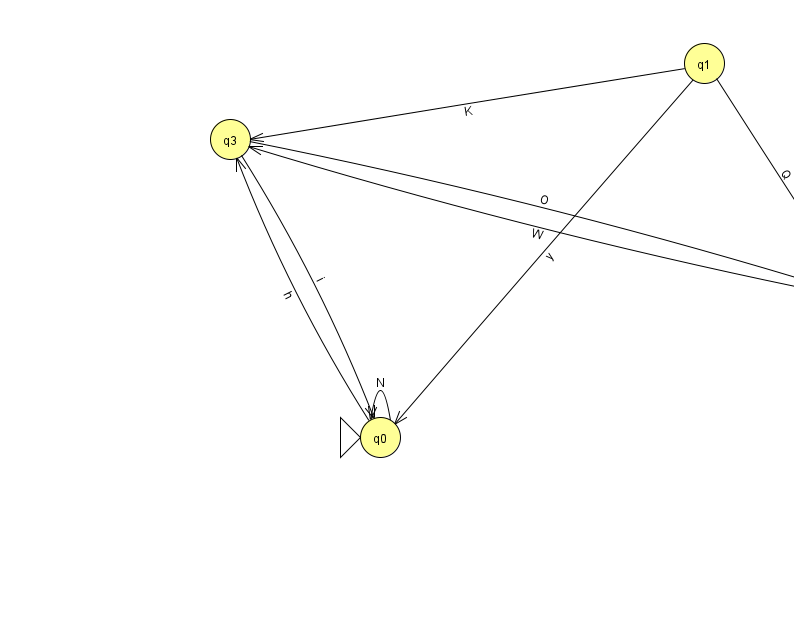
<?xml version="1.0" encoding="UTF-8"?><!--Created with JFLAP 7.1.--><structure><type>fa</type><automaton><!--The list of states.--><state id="0" name="q0"><x>380.0</x><y>424.0</y><initial/></state><state id="1" name="q1"><x>704.0</x><y>50.0</y></state><state id="2" name="q2"><x>853.0</x><y>283.0</y><final/></state><state id="3" name="q3"><x>230.0</x><y>126.0</y></state><!--The list of transitions.--><transition><from>3</from><to>0</to><read>i</read></transition><transition><from>0</from><to>3</to><read>h</read></transition><transition><from>1</from><to>2</to><read>Q</read></transition><transition><from>1</from><to>0</to><read>y</read></transition><transition><from>2</from><to>3</to><read>W</read></transition><transition><from>1</from><to>3</to><read>K</read></transition><transition><from>0</from><to>0</to><read>N</read></transition><transition><from>3</from><to>2</to><read>O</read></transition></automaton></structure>